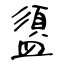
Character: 盨